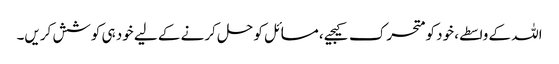
اللہ کے واسطے، خود کو متحرک کیجیے، مسائل کو حل کرنے کے لیے خود ہی کوشش کریں۔